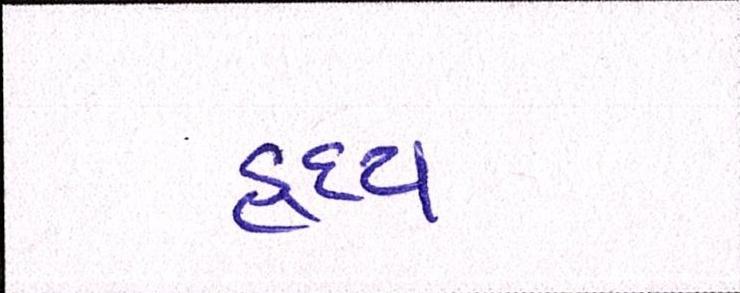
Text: હૃદય